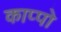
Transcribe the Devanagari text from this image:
काप्पो